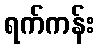
ရက်ကန်း